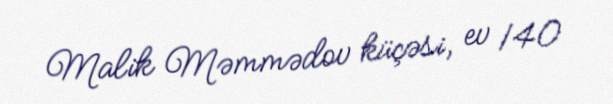
Malik Məmmədov küçəsi, ev 140